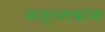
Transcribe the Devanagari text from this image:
माहत्वाकांश